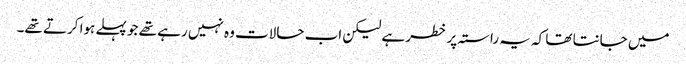
میں جانتا تھا کہ یہ راستہ پر خطر ہے لیکن اب حالات وہ نہیں رہے تھے جو پہلے ہوا کرتے تھے۔